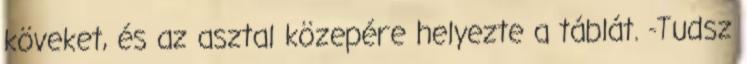
köveket, és az asztal közepére helyezte a táblát. -Tudsz